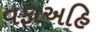
વફાઅહિ